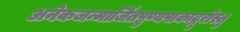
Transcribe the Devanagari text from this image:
अनेकजन्मार्जितपुण्यपाकाद्गुरोस्तु